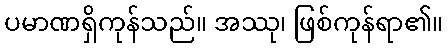
ပမာဏရှိကုန်သည်။ အဿု၊ ဖြစ်ကုန်ရာ၏။